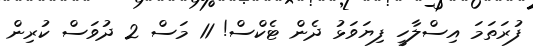
ފުރަތަމަ އިސްލާހީ ފިޔަވަޅު ދެން ޓެކްސް! 11 މަސް 2 ދުވަސް ކުރިން